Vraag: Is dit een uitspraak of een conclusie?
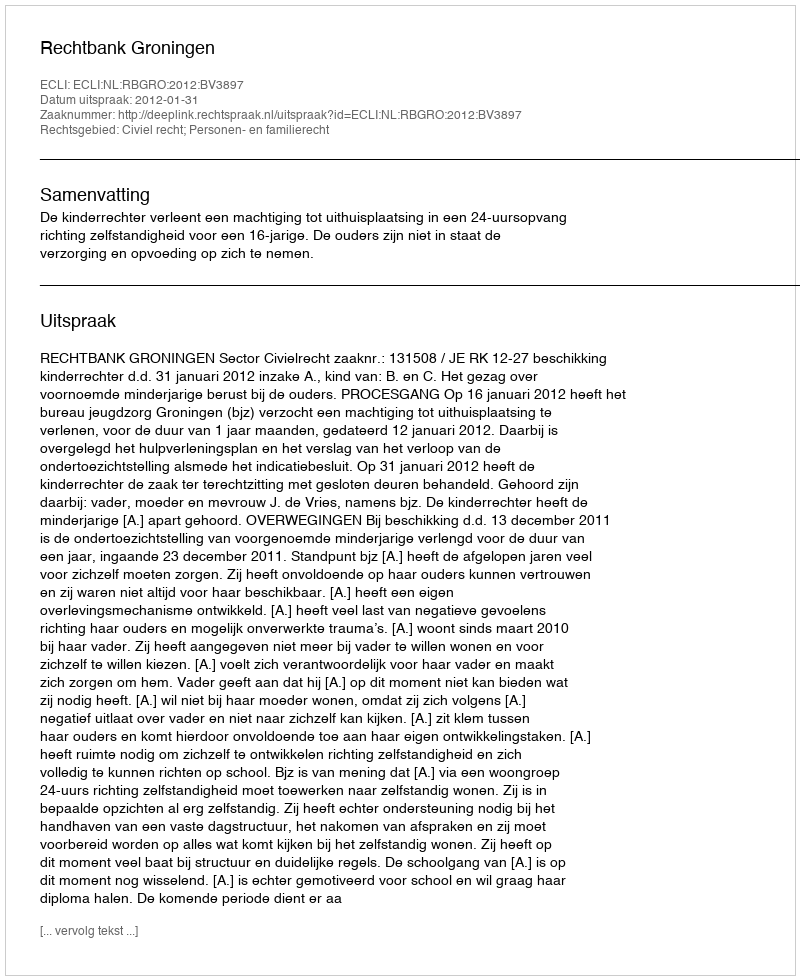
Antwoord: Uitspraak